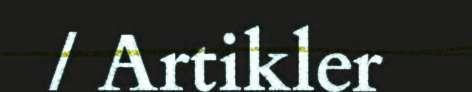
/ Artikler